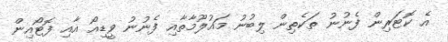
އެ ކޮޓަރިން ފެނުނު ތަކެތިން ލިބުނު މައުލޫމާތާއި ފެނުނު ވީޑިއޯ އާއި ފޮޓޯއިން